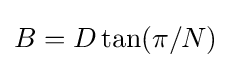
B=D\tan(\pi /N)